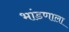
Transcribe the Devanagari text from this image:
भांडणाला